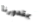
بمقدورنا